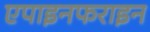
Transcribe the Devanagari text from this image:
एपाइनफराइन